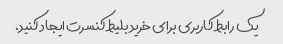
یک رابط کاربری برای خرید بلیط کنسرت ایجاد کنید.